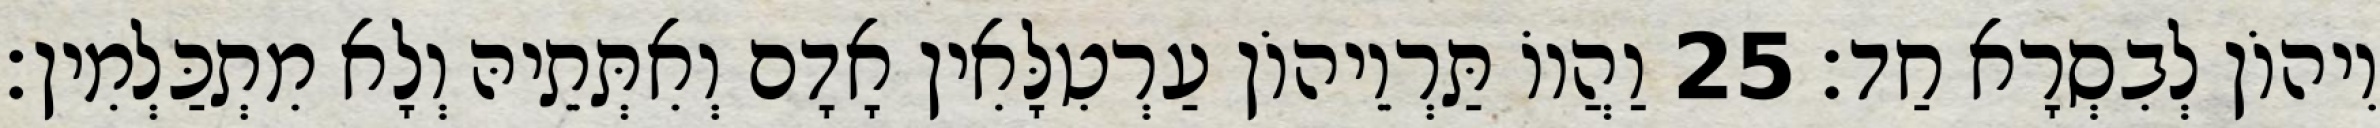
וִיהוֹן לְבִסְרָא חַד׃ 25 וַהֲווֹ תַּרְוֵיהוֹן עַרְטִלָּאִין אָדָם וְאִתְּתֵיהּ וְלָא מִתְכַּלְמִין׃